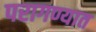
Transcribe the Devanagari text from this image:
परागण्यात